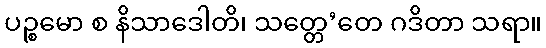
ပဉ္စမော စ နိသာဒေါတိ၊ သတ္တေ’တေ ဂဒိတာ သရာ။